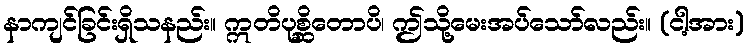
နာကျင်ခြင်းရှိသနည်း။ ဣတိပုစ္ဆိတောပိ၊ ဤသို့မေးအပ်သော်လည်း။ (ငါ့အား)